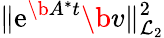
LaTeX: \| \mathrm{e}^{\b{{A}}^{*}t}\b{{v}}\| _{\mathcal{{L}}_{2}}^{2}